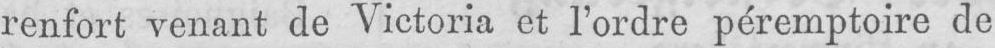
renfort venant de Victoria et l’ordre péremptoire de